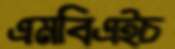
এমবিএইচ